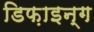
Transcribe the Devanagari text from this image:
डिफ़ाइन्ग